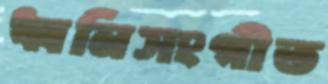
ধ্বনিসংগীত